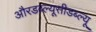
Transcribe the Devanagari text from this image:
औरडब्ल्यूसीडब्ल्यू